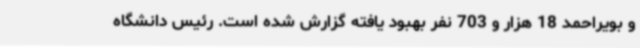
و بویراحمد 18 هزار و 703 نفر بهبود یافته گزارش شده است. رئیس دانشگاه